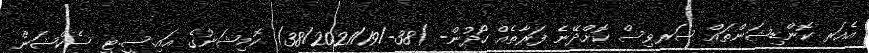
އެއަރ ކޮންޑިޝަންތައް ސަރވިސް ކޮށްދޭނެ ފަރާތެއް ހޯދުން- )38-/38/2021/19) ކޮމިޝަނުގެ އައި.ސީ.ޓީ ސެކްޝަން